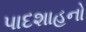
પાદશાહનો